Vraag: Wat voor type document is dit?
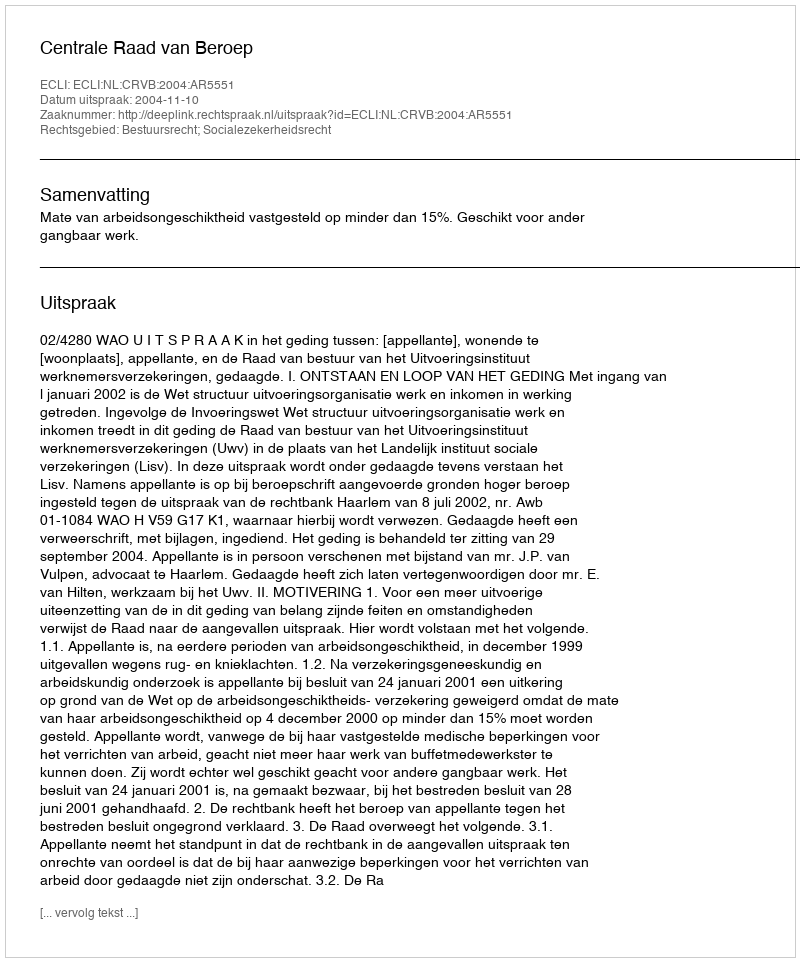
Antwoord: Uitspraak